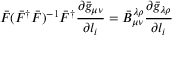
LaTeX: \bar { F } ( \bar { F } ^ { \dag } \bar { F } ) ^ { - 1 } \bar { F } ^ { \dag } \frac { \partial \bar { g } _ { \mu \nu } } { \partial l _ { i } } = \bar { B } _ { \mu \nu } ^ { \lambda \rho } \frac { \partial \bar { g } _ { \lambda \rho } } { \partial l _ { i } }